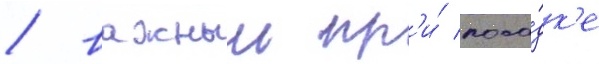
/ важныи пр'и́ поса́дк'е